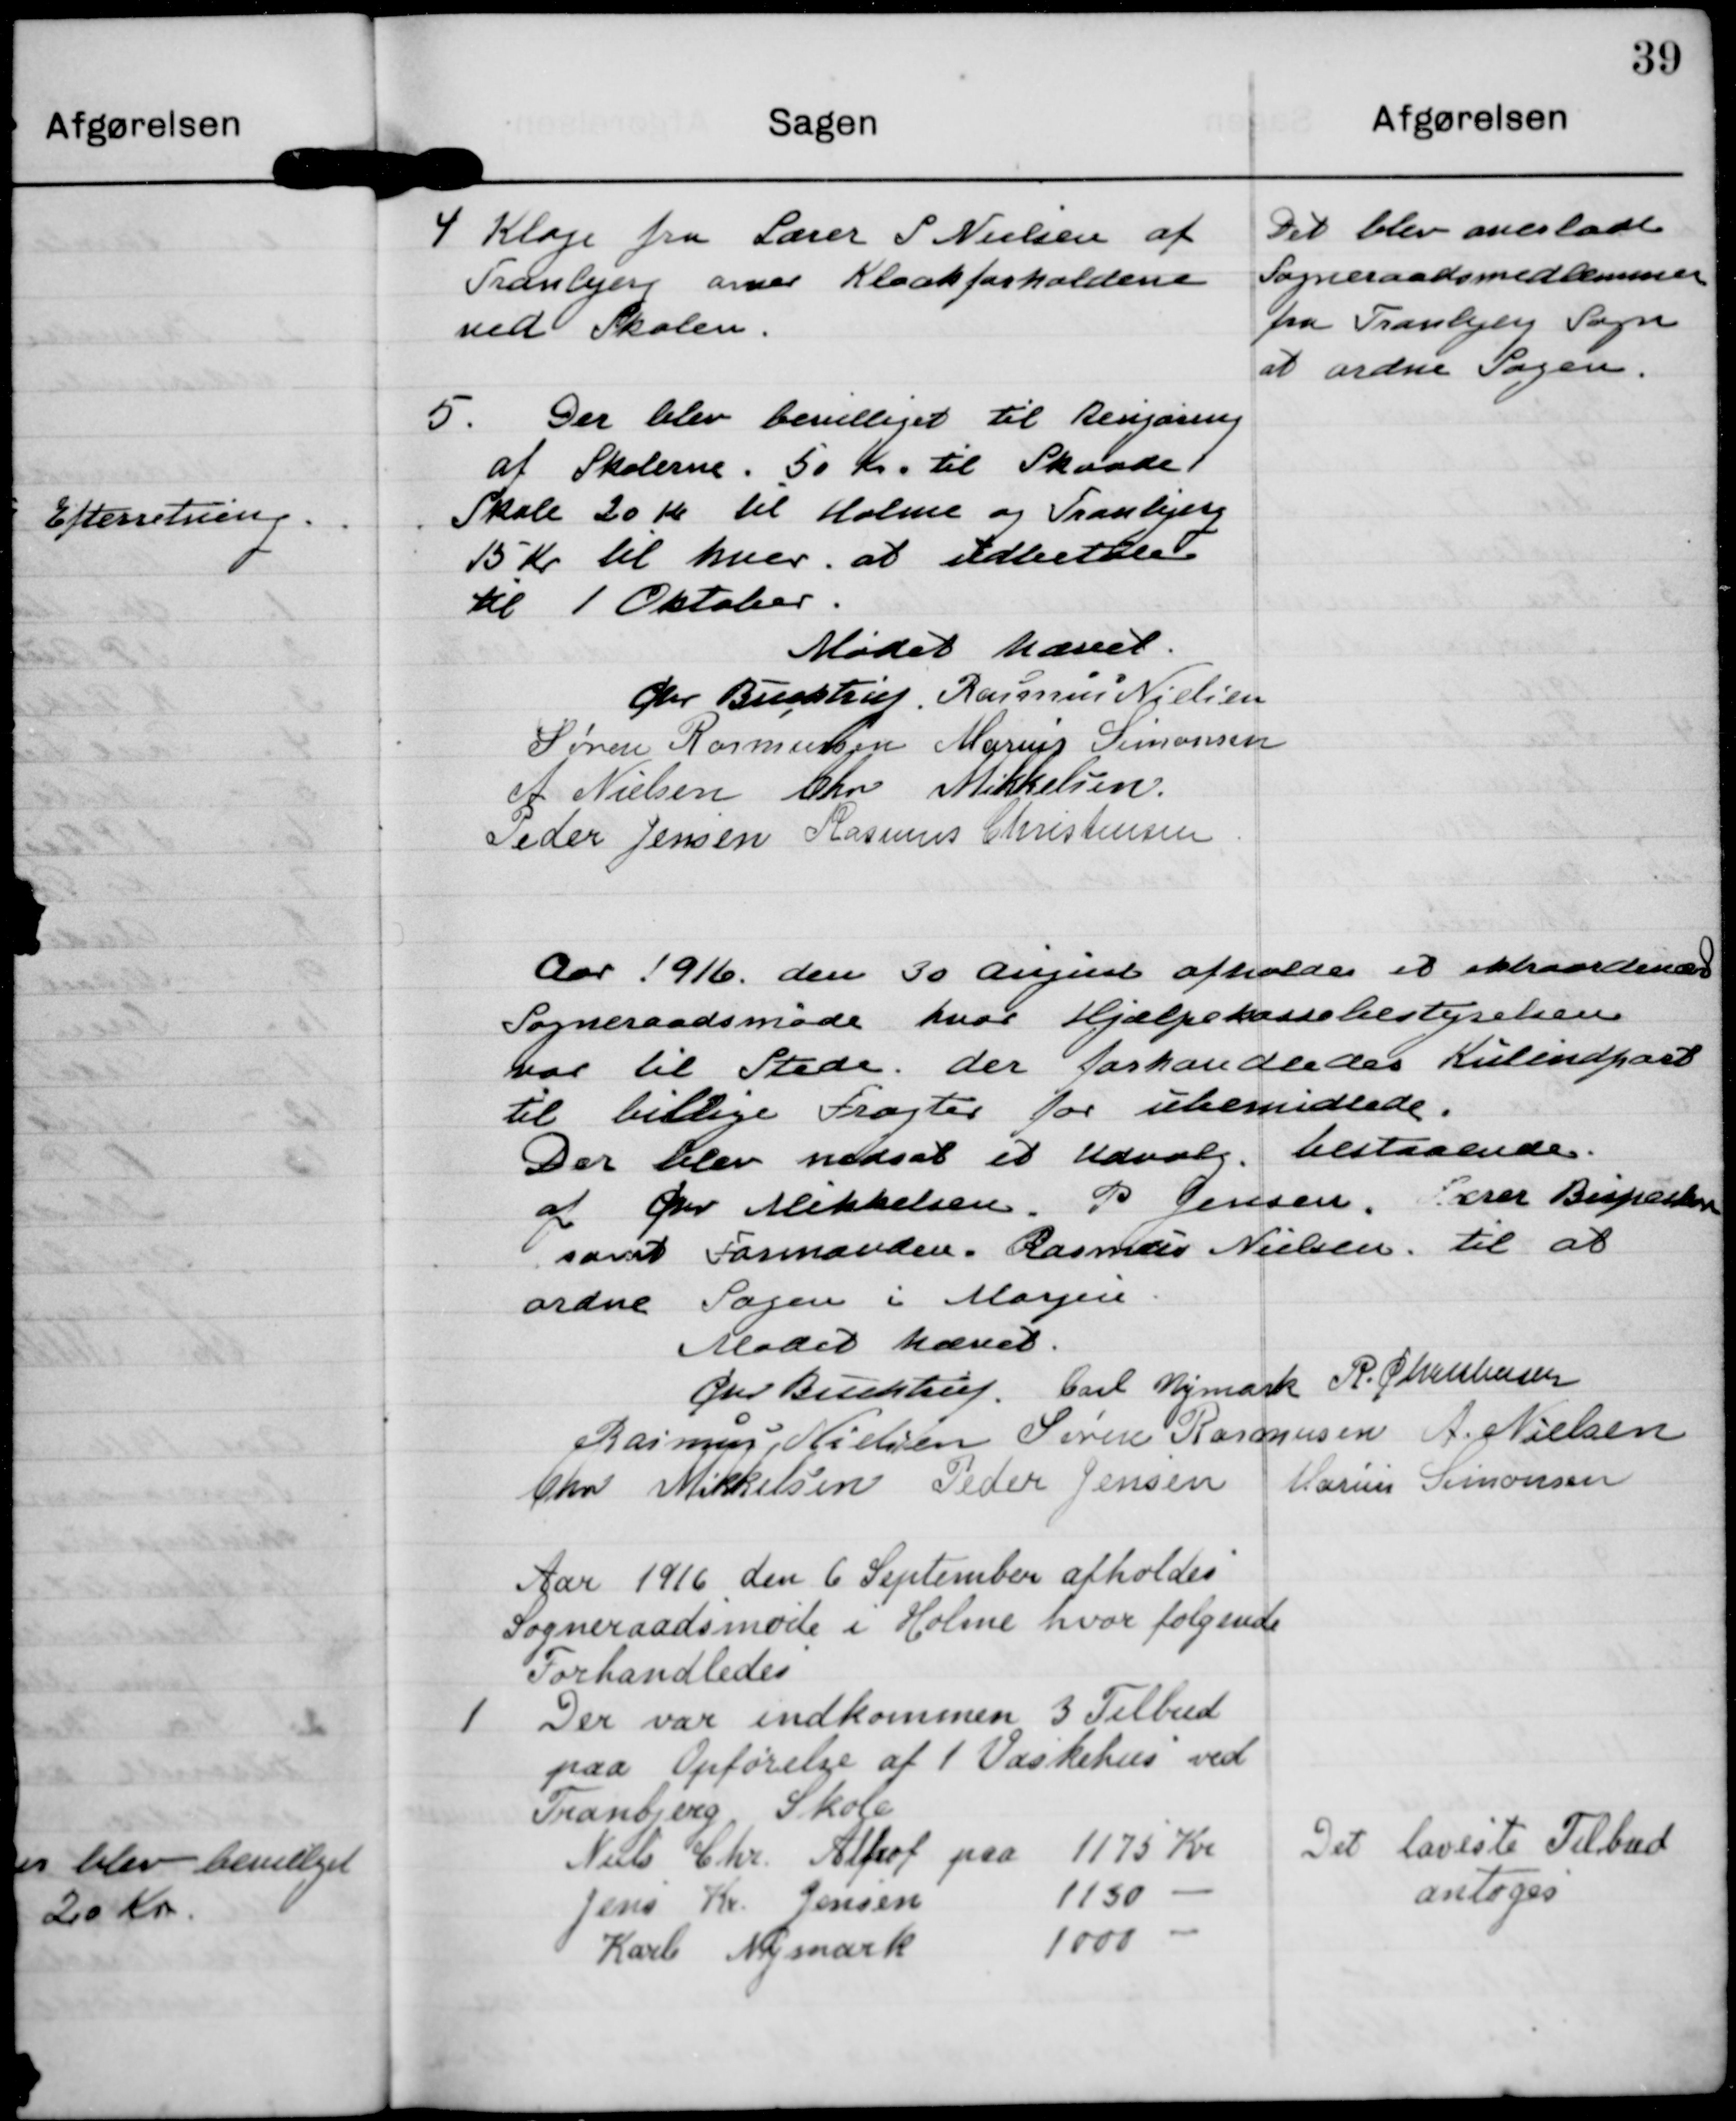
Transskription:
4 Klage fra Lærer P Nielsen af
Tranlejer oner Kloakforholdene
ved Skolen.

Det blev anerladt
Sogneraadsmedlemmer
fra Tranbjeig Sogn
at ordne Sagen.

5. Der blev bevilliget til Benjæring
af Skolerne. 50 Kr. til Skaade.
Skole 20 kr til Holme og Tranbjerg
15 Kr til hver at udbetted
Kl 1 Oktober.

Mødet hæet.

Øer Bughtuj.

Rasmus Nielsen

Søren Rasmussen

Marius Simonsen

A. Nielsen

Chr Mikkelsen

Peder Jensen

Rasiums Christensen

Aar 1916 den 30 angust afholdes et ektraardende
Sogneraadsmøde hvor Hjælpekassebesteyrelsen
var til Stede der forhandldet Kulendparb
til billige Fragter for ubemidlede.
Der blev nedsat et Udvalg, bestaaende.
af Ger Mikkelsen. P Jensen. Lærer Besparten
samt Formanden Rasmus Nielsen til at
ordne Sagen i Margen

Mødet hævet

Øer Buchhuj

Carl Vjmark

R. Chrstensen

Rasmus Nielsen

Søren Rasmussen

A. Nielsen

Chr Mikkelsen

Peder Jensen

Marius Simonsen

Aar 1916 den 6 September afholdes
Sogneraadsmøde i Holme hvor følgende
Forhandledes

1 Der var indkommen 3 Tilbud
paa Opførelse af 1 Væskehus ved
Tranbjerg Skole
Niels Chr Alfrof paa 1175 Kr
Jens Kr. Jensen 1150 -
Karl Mymark1000 -

Det laveste Tilbud
antoges